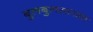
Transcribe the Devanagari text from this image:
बुलबुलसारखा